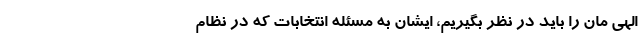
الهی مان را باید در نظر بگیریم، ایشان به مسئله انتخابات که در نظام